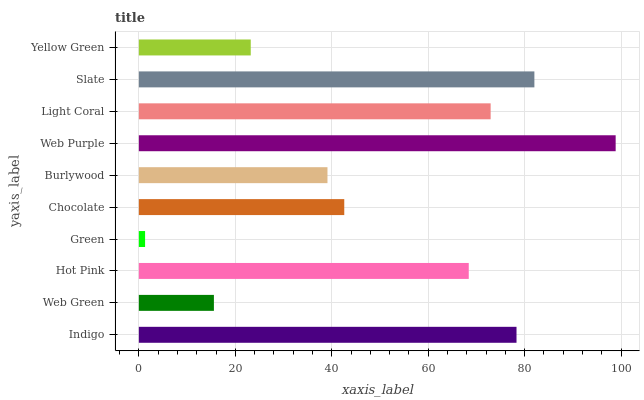
| yaxis_label | bars |
 | --- | --- |
 | Indigo | 78.3 |
 | Web Green | 15.6 |
 | Hot Pink | 68.4 |
 | Green | 1.29 |
 | Chocolate | 42.6 |
 | Burlywood | 39.1 |
 | Web Purple | 98.9 |
 | Light Coral | 72.9 |
 | Slate | 82 |
 | Yellow Green | 23.2 |